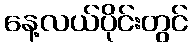
နေ့လယ်ပိုင်းတွင်